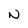
Character: N